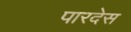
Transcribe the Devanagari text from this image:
पारदेस